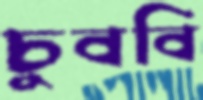
চুববি